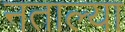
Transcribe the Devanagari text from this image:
नताल्या